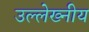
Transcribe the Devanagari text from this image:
उल्लेख्नीय